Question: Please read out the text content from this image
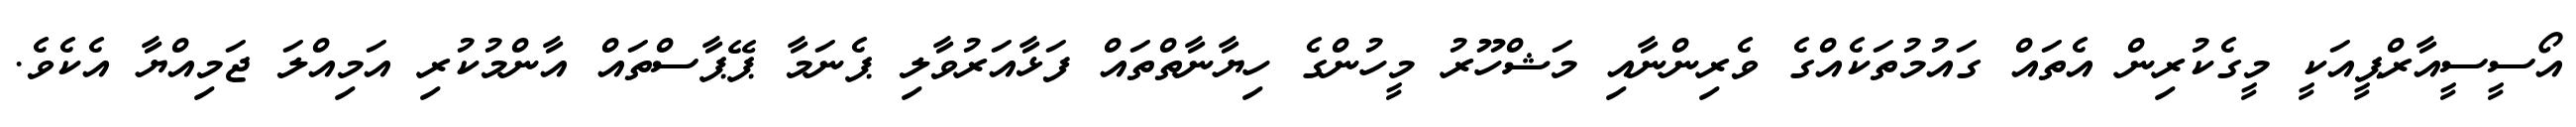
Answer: އޯސީސީއާރްޕީއަކީ މީގެކުރިން އެތައް ގައުމުތަކެއްގެ ވެރިންނާއި މަޝްހޫރު މީހުންގެ ހިޔާނާތްތައް ފަޅާއަރުވާލި ޕެނަމާ ޕޭޕާސްތައް އާންމުކުރި އަމިއްލަ ޖަމިއްޔާ އެކެވެ.